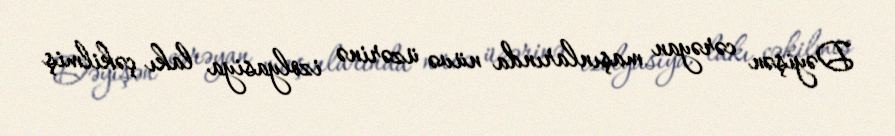
Dəyişən cərəyan maşınlarında nüvə üzərinə izolyasiya lakı çəkilmiş